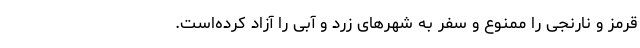
قرمز و نارنجی را ممنوع و سفر به شهرهای زرد و آبی را آزاد کرده‌است.